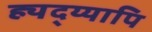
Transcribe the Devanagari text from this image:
ह्यद्य्यापि